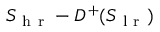
S _ { \mathrm { ~ h ~ r ~ } } - D ^ { + } ( S _ { \mathrm { ~ l ~ r ~ } } )